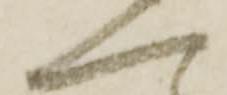
へ